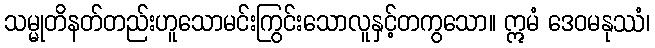
သမ္မုတိနတ်တည်းဟူသောမင်းကြွင်းသောလူနှင့်တကွသော။ ဣမံ ဒေဝမနုဿံ၊